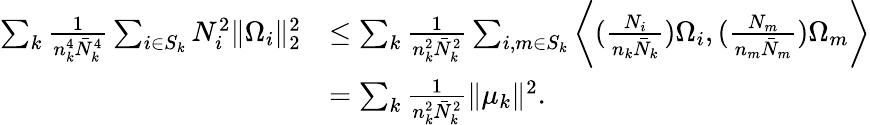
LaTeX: \begin{array}{rl}{\sum_{k}\frac{1}{n_{k}^{4}\bar{N}_{k}^{4}}\sum_{i\in S_{k}}N_{i}^{2}\| \Omega_{i}\| _{2}^{2}}&{\leq\sum_{k}\frac{1}{n_{k}^{2}\bar{N}_{k}^{2}}\sum_{i,m\in S_{k}}\bigg\langle(\frac{N_{i}}{n_{k}\bar{N}_{k}})\Omega_{i},(\frac{N_{m}}{n_{m}\bar{N}_{m}})\Omega_{m}\bigg\rangle}\\ &{=\sum_{k}\frac{1}{n_{k}^{2}\bar{N}_{k}^{2}}\| \mu_{k}\| ^{2}.}\end{array}